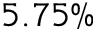
5 . 7 5 \%